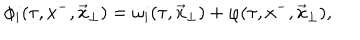
LaTeX: \phi _ { i } ( \tau , x ^ { - } , \vec { x } _ { \perp } ) = \omega _ { i } ( \tau , \vec { x } _ { \perp } ) + \varphi ( \tau , x ^ { - } , \vec { x } _ { \perp } ) ,